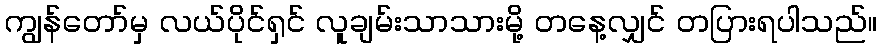
ကျွန်တော်မှ လယ်ပိုင်ရှင် လူချမ်းသာသားမို့ တနေ့လျှင် တပြားရပါသည်။